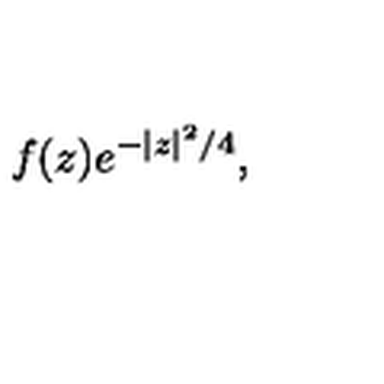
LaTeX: f ( z ) e ^ { - \vert z \vert ^ { 2 } / 4 } ,